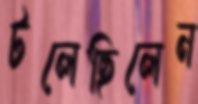
টলেছিলেন